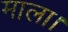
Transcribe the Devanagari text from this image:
माला।